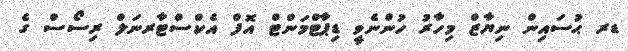
ޑރ ޙުސައިން ނިޔާޒް މިހާރު ހުންނެވީ ޑިޕާޓްމަންޓް އޮފް އެކްސްޓާރނަލް ރިސޯސް ގެ